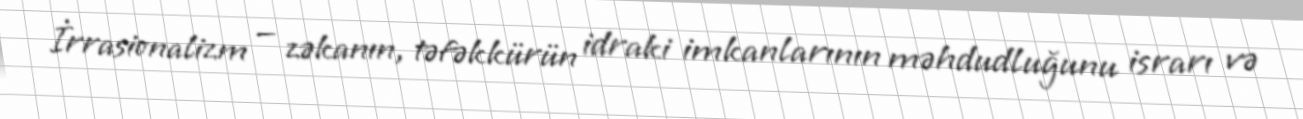
İrrasionalizm — zəkanın, təfəkkürün idraki imkanlarının məhdudluğunu israrı və